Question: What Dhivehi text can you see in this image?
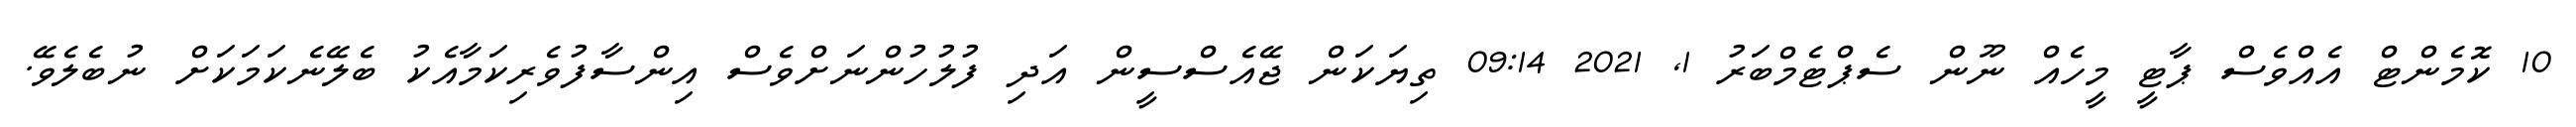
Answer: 10 ކޮމެންޓް އެއްވެސް ޕާޓީ މީހެއް ނޫން ސެޕްޓެމްބަރު 1, 2021 09:14 ތިޔަކަން ޖޭއެސްސީން އަދި ފުލުހުންނަށްވެސް އިންސާފުވެރިކަމާއެކު ބެލޭނެކަމަކަށް ނުބެލެވޭ.